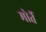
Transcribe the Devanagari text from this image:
मोर्ते